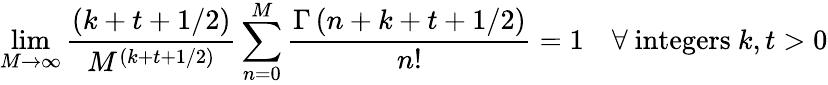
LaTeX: \operatorname*{lim}_{M\rightarrow\infty}{\frac{(k+t+1/2)}{M^{(k+t+1/2)}}}\sum_{n=0}^{M}{\frac{\Gamma\left(n+k+t+1/2\right)}{n!}}=1\quad\forall\ \mathrm{integers}\ k,t>0